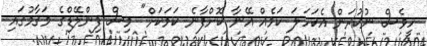
ހީވެސް ނުކުރަން އެކަހަލަ ކަމެއް އޭނާ ކޮށްފާނެ ކަމަކަށް" މިސް ފިންލޭޑްގެ މަޤާމުގައި